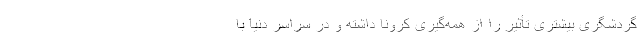
گردشگری بیشتری تأثیر را از همه‌گیری کرونا داشته و در سراسر دنیا با